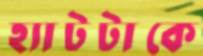
হ্যাটটাকে